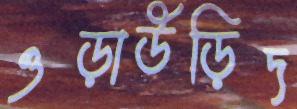
ওড়াউড়িদ